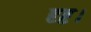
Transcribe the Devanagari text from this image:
दृष्ट।